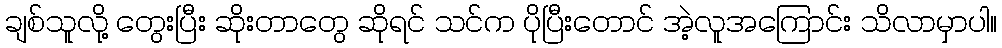
ချစ်သူလို့ တွေးပြီး ဆိုးတာတွေ ဆိုရင် သင်က ပိုပြီးတောင် အဲ့လူအကြောင်း သိလာမှာပါ။